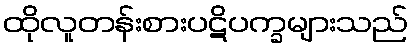
ထိုလူတန်းစားပဋိပက္ခများသည်